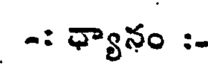
-: ధ్యానం :-